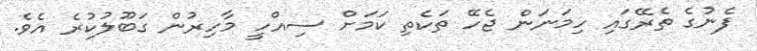
ފެނުގެ ތެރޭގައި ހިމަނަން ޖެހޭ ތަކެތި ކަމަށް ސިއްހީ މާހިރުން ގަބޫލުކުރެ އެވެ.